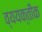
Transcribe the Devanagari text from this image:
व्ययक्तीक